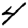
Digit: 4